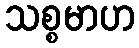
သစ္စမာဟ